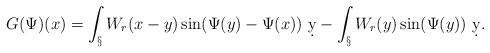
LaTeX: \begin{align*}G(\Psi)(x) = \int_\S W_r(x-y) \sin(\Psi(y)-\Psi(x))\ \d y - \int_\S W_r(y) \sin(\Psi(y))\ \d y.\end{align*}